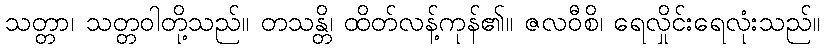
သတ္တာ၊ သတ္တဝါတို့သည်။ တသန္တိ၊ ထိတ်လန့်ကုန်၏။ ဇလဝီစိ၊ ရေလှိုင်းရေလုံးသည်။